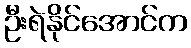
ဦးရဲနိုင်အောင်က